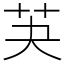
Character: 芵